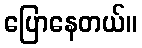
ပြောနေတယ်။